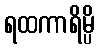
ရထကာရိမ္ပိ